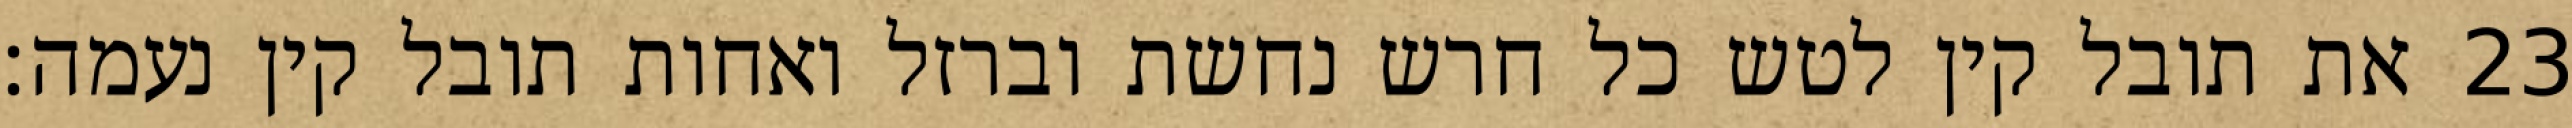
את תובל קין לטש כל חרש נחשת וברזל ואחות תובל קין נעמה׃ ‎23‏